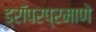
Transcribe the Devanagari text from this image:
ड्रॉपरप्रमाणे